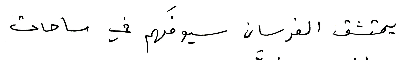
يمتشق الفرسان سيوفَهم في ساحات